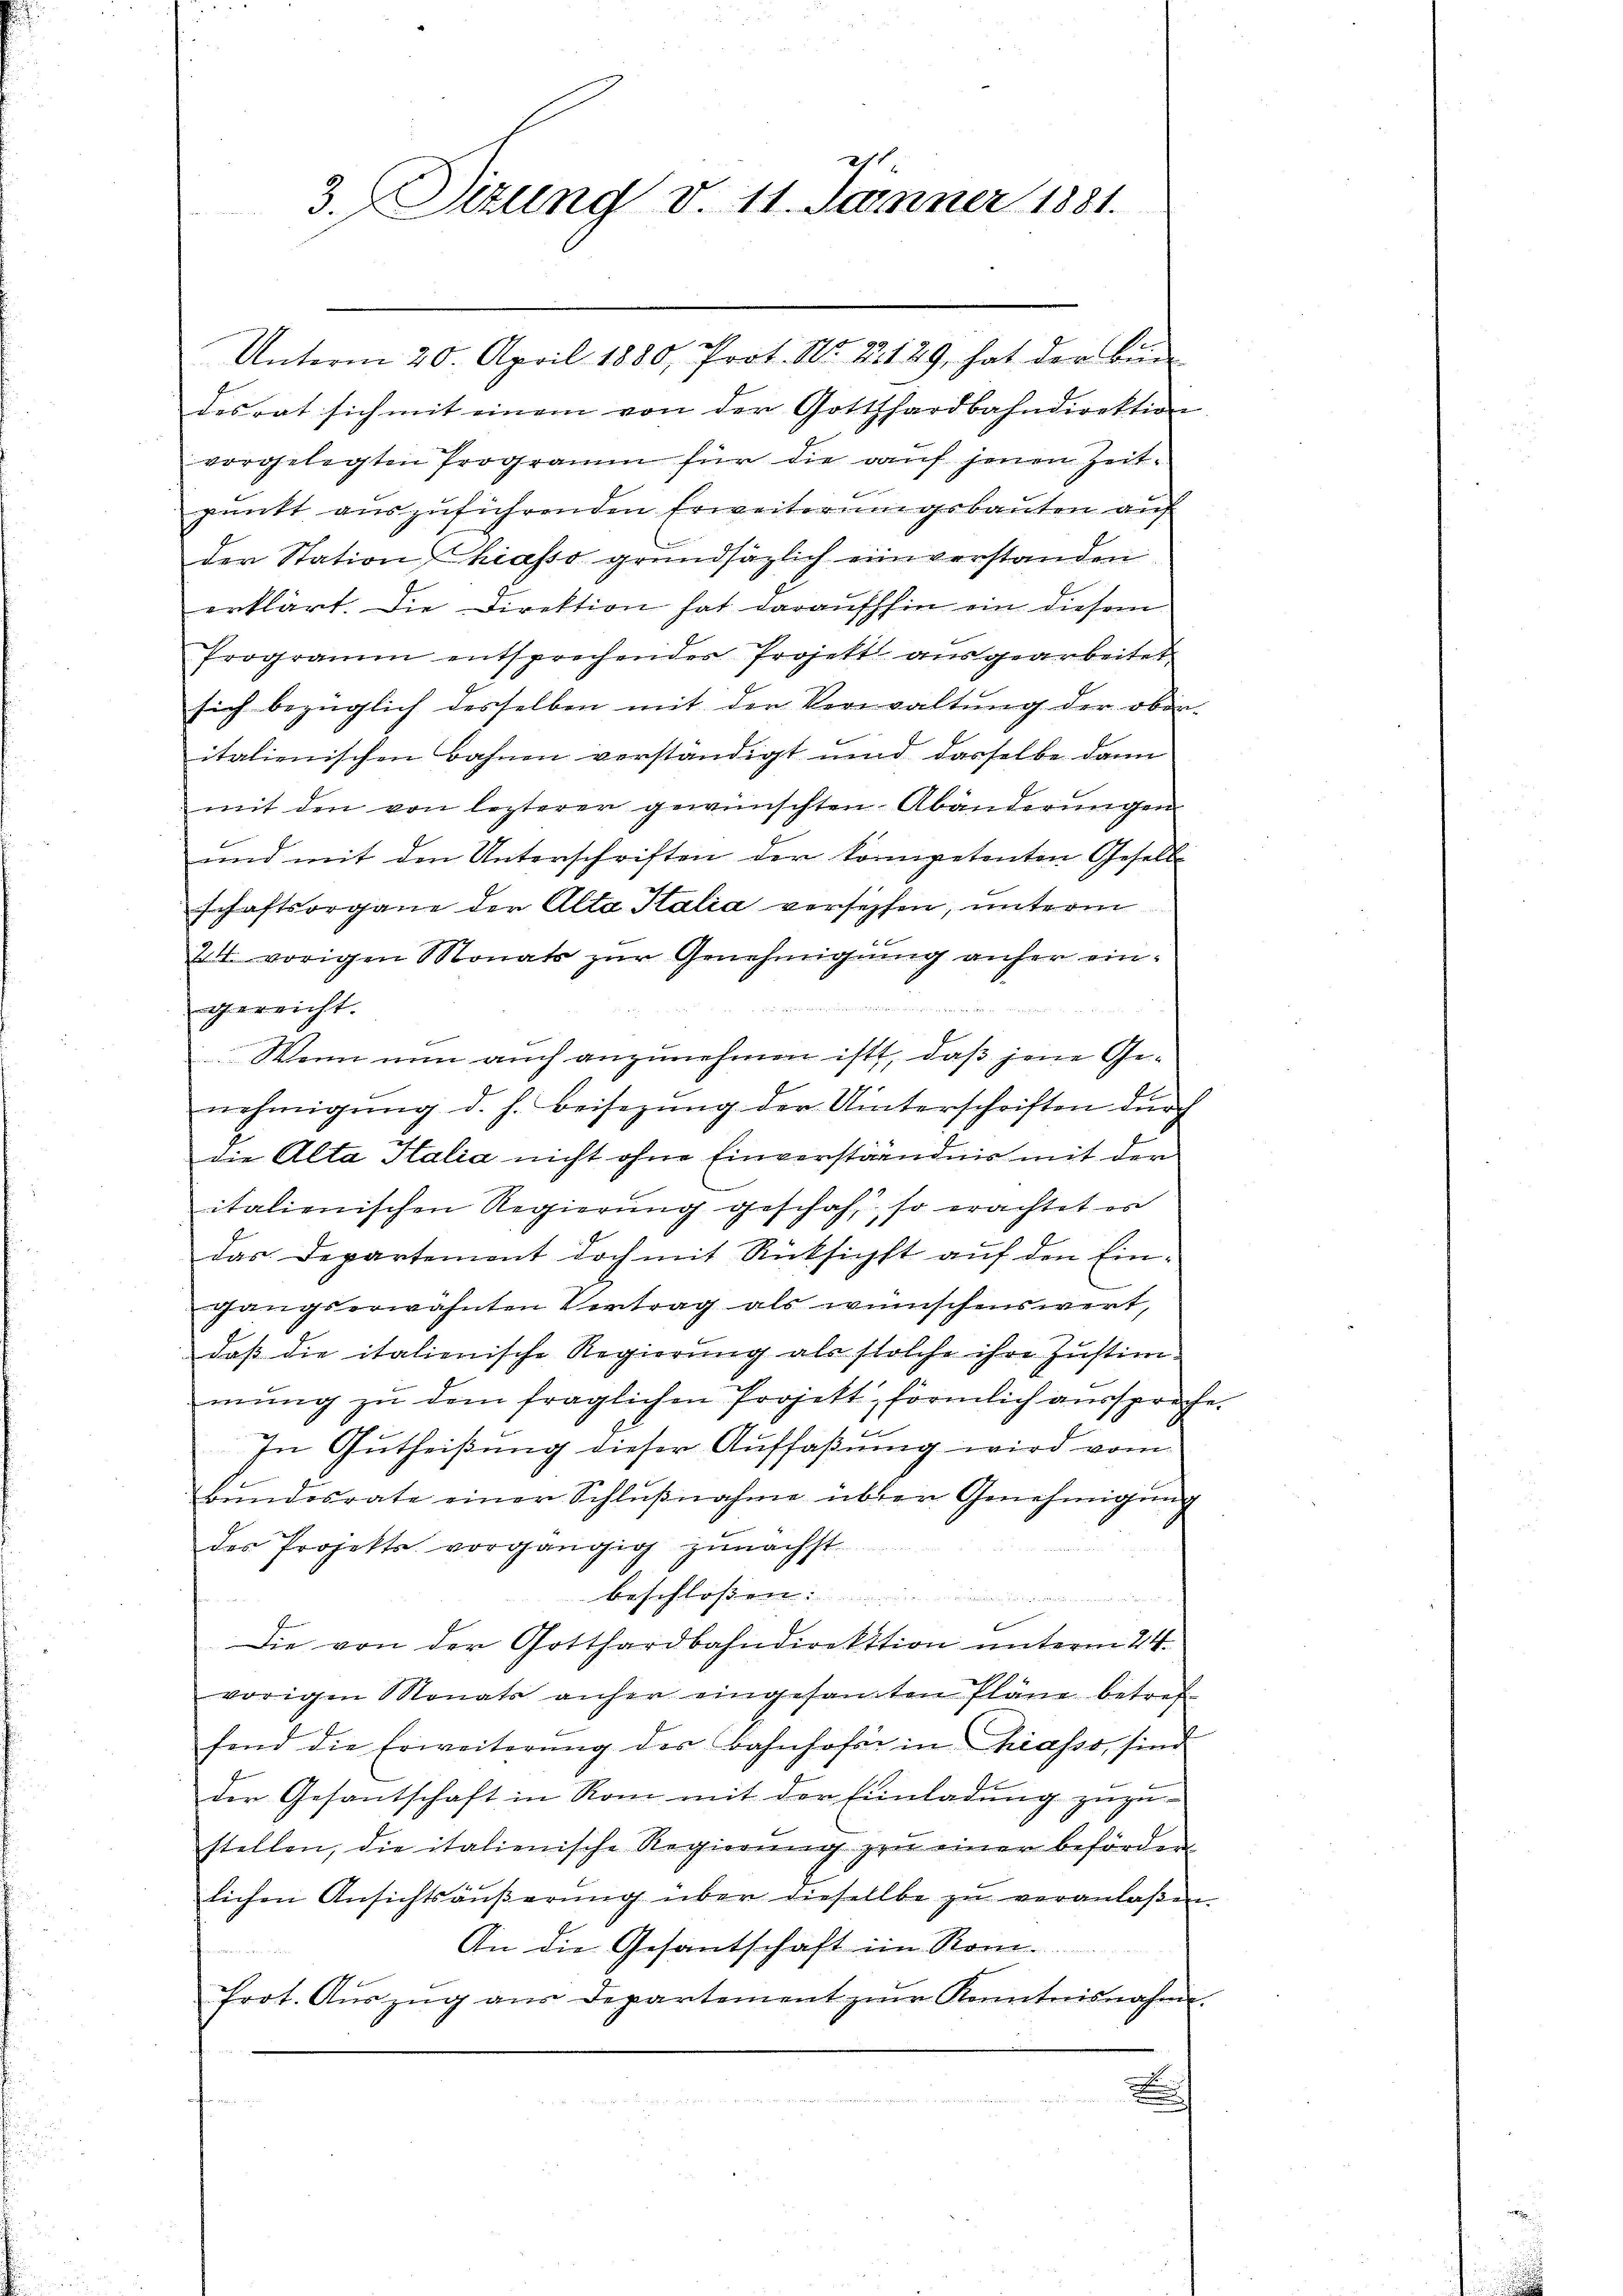
3.Dizung v. 11. Jäner 1881.

Unterm 20. April 1880, Prot. No. 2129, hat der Bun
desrat sich mit einem von der Gotthardbahndirektion
vorgelegten Programm für die auf jenen Zeitpunkt auszuführenden Erweiterungsbauten auf
der Station hiasso grundsätzlich ein verstanden
erklärt. Die Direktion hat daraufhin ein diesem
Programm entsprechender Projekt ausgearbeitet
sich bezüglich desselben mit der Verwaltung der ober-
italienischen Bahnen verständigt und dasselbe dann
mit den von lezterer gewünschten Abänderungen
und mit den Unterschriften der kompetenten Gesell-
schaftsorgane der Alta Italia versehen, unterm
24. vorigen Monats zur Genehmigung anher eind
gereicht.
Wenn nun auch anzunehmen ist, daß jene Genehmigŭng d. h. Beisezŭng der Unterschriften dŭrch
die Alta Italia nicht ohne Einverständnis mit dem
italienischen Regierung geschah, so erachtet es
das Departement doch mit Rücksichst aŭf den Ein-
gangserwähnten Vertrag als wünschenswert,
daß die italienische Regierung als solche ihre Justim-
mŭng zŭ dem fraglichen Projekt, förmlich aussprach
11
E
In Gutheißung dieser Auffaßung wird vom
Bŭndesrate einer Schlŭβnahme übten Genehmigŭng
des Projekte vorgängig zŭnächst
Besch
.
n
Die von der Gotthardbahndirektion unterm 24.
vorigen Monats anher eingesamten Pläne betref
fend die Erweiterŭng der Bahnhofe in hiasso, sind
der Gesantschaft in Rom mit der Einladŭng zuzu-
stellen, die italienische Regierŭng zŭ einer beförden.
lichen Ansichtsäŭβerŭng über diesellbe zu veranlaßen
An die Gesantschaft im Rom.
frot. Aŭszŭg aŭs Departement zŭm Kenntnisnahme.

e

.